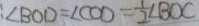
: \angle B O D = \angle C O D = \frac { 1 } { 2 } \angle B O C